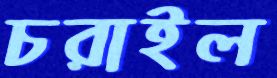
চরাইল